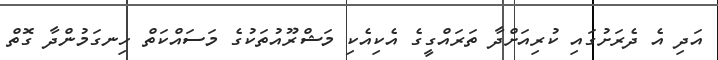
އަދި އެ ދެރަށުގައި ކުރިއަށްދާ ތަރައްގީގެ އެކިއެކި މަޝްރޫއުތަކުގެ މަސައްކަތް ހިނގަމުންދާ ގޮތް